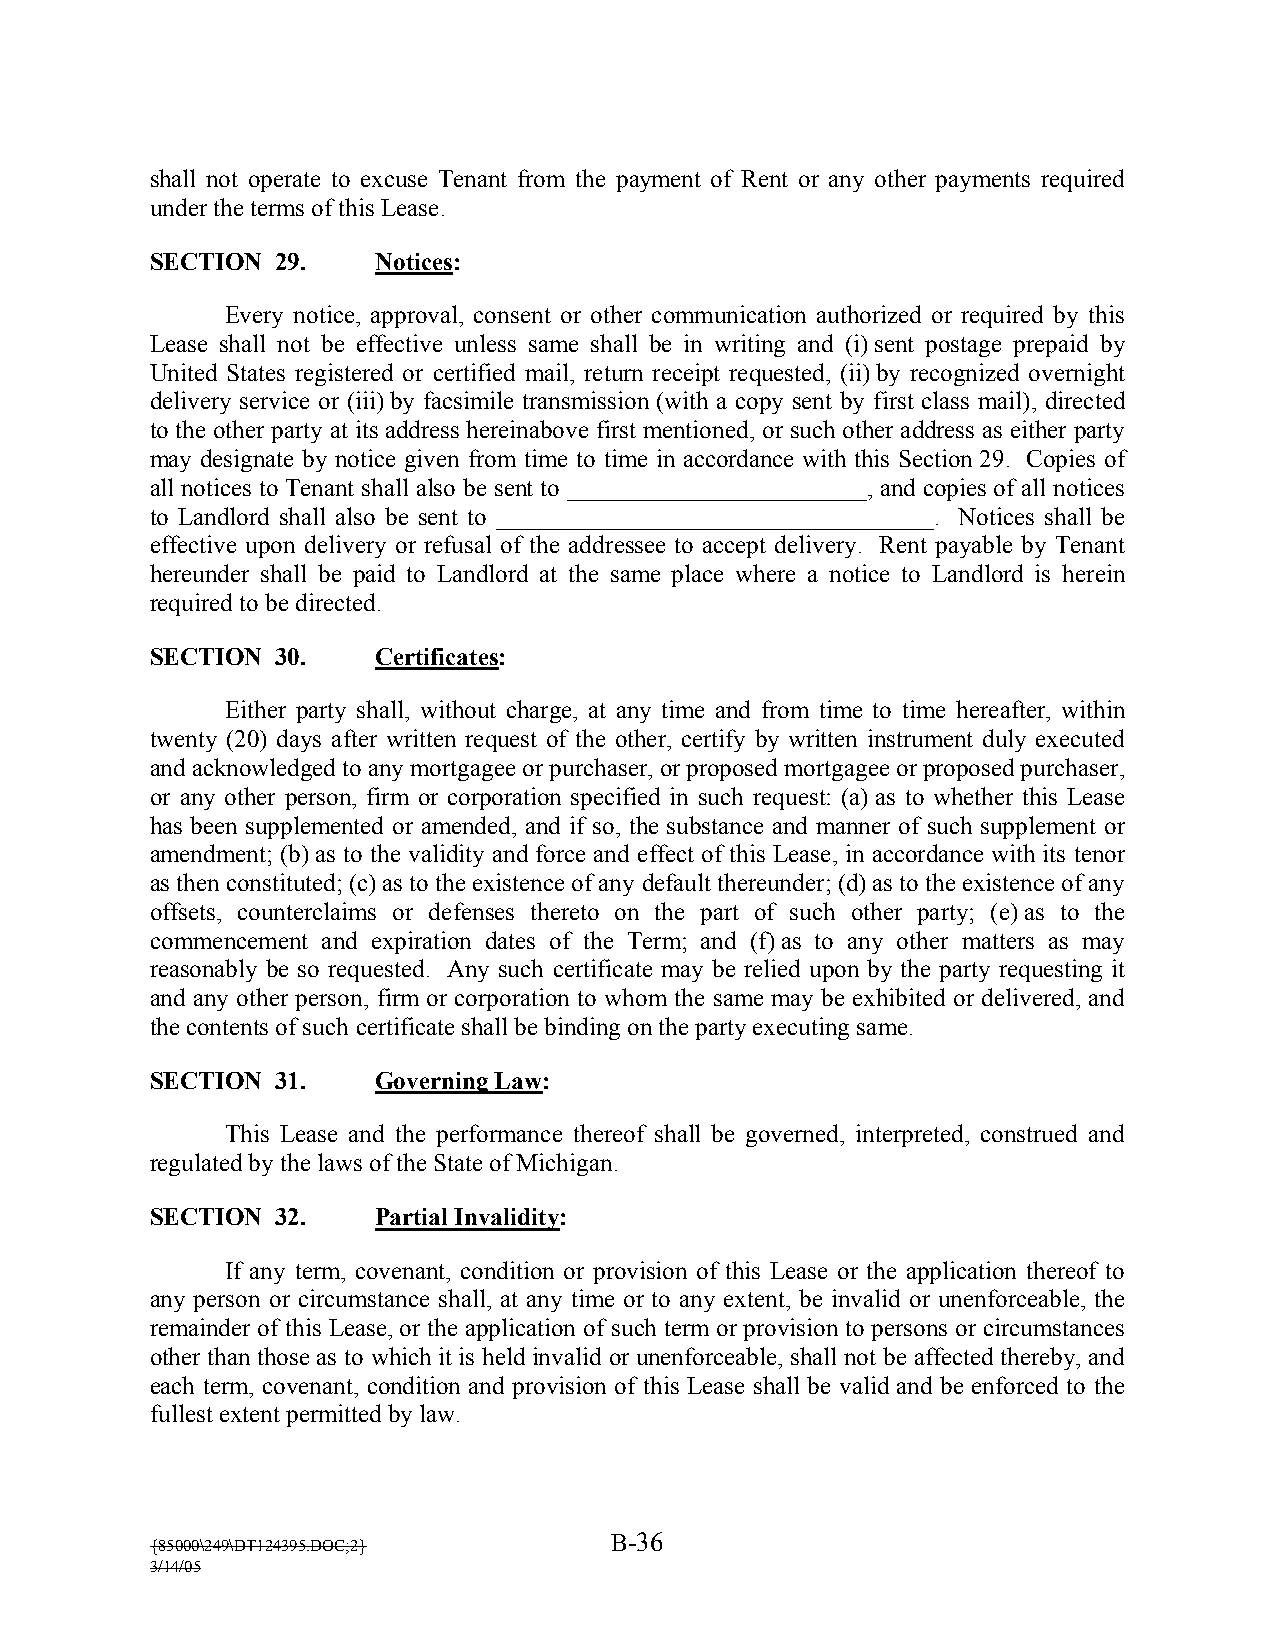
shall not operate to excuse Tenant from the payment of Rent or any other payments required
 under the terms of this Lease.
 SECTION 29.    Notices:
 Every notice, approval, consent or other communication authorized or required by this
 Lease shall not be effective unless same shall be in writing and (i) sent postage prepaid by
 United States registered or certified mail, return receipt requested, (ii) by recognized overnight
 delivery service or (iii) by facsimile transmission (with a copy sent by first class mail), directed
 to the other party at its address hereinabove first mentioned, or such other address as either party
 may designate by notice given from time to time in accordance with this Section 29. Copies of
 all notices to Tenant shall also be sent to ________________________, and copies of all notices
 to Landlord shall also be sent to ___________________________________. Notices shall be
 effective upon delivery or refusal of the addressee to accept delivery. Rent payable by Tenant
 hereunder shall be paid to Landlord at the same place where a notice to Landlord is herein
 required to be directed.
 SECTION 30.    Certificates:
 Either party shall, without charge, at any time and from time to time hereafter, within
 twenty (20) days after written request of the other, certify by written instrument duly executed
 and acknowledged to any mortgagee or purchaser, or proposed mortgagee or proposed purchaser,
 or any other person, firm or corporation specified in such request: (a) as to whether this Lease
 has been supplemented or amended, and if so, the substance and manner of such supplement or
 amendment; (b) as to the validity and force and effect of this Lease, in accordance with its tenor
 as then constituted; (c) as to the existence of any default thereunder; (d) as to the existence of any
 offsets, counterclaims or defenses thereto on the part of such other party; (e) as to the
 commencement and expiration dates of the Term; and (f) as to any other matters as may
 reasonably be so requested. Any such certificate may be relied upon by the party requesting it
 and any other person, firm or corporation to whom the same may be exhibited or delivered, and
 the contents of such certificate shall be binding on the party executing same.
 SECTION 31.    Governing Law:
 This Lease and the performance thereof shall be governed, interpreted, construed and
 regulated by the laws of the State of Michigan.
 SECTION 32.    Partial Invalidity:
 If any term, covenant, condition or provision of this Lease or the application thereof to
 any person or circumstance shall, at any time or to any extent, be invalid or unenforceable, the
 remainder of this Lease, or the application of such term or provision to persons or circumstances
 other than those as to which it is held invalid or unenforceable, shall not be affected thereby, and
 each term, covenant, condition and provision of this Lease shall be valid and be enforced to the
 fullest extent permitted by law.
 B-36
 {85000\249\DT124395.DOC;2}
 3/14/05